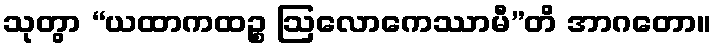
သုတွာ “ယထာကထဉ္စ ဩလောကေဿာမီ”တိ အာဂတော။